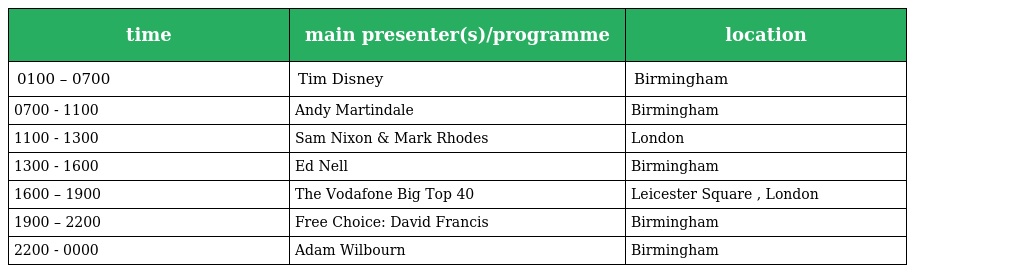
| time | main presenter(s)/programme | location |
 | --- | --- | --- |
 | 0100 – 0700 | Tim Disney | Birmingham |
 | 0700 - 1100 | Andy Martindale | Birmingham |
 | 1100 - 1300 | Sam Nixon & Mark Rhodes | London |
 | 1300 - 1600 | Ed Nell | Birmingham |
 | 1600 – 1900 | The Vodafone Big Top 40 | Leicester Square , London |
 | 1900 – 2200 | Free Choice: David Francis | Birmingham |
 | 2200 - 0000 | Adam Wilbourn | Birmingham |